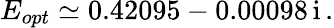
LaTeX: E_{opt}\simeq 0.42095-0.00098\, \mathrm{i}\, .